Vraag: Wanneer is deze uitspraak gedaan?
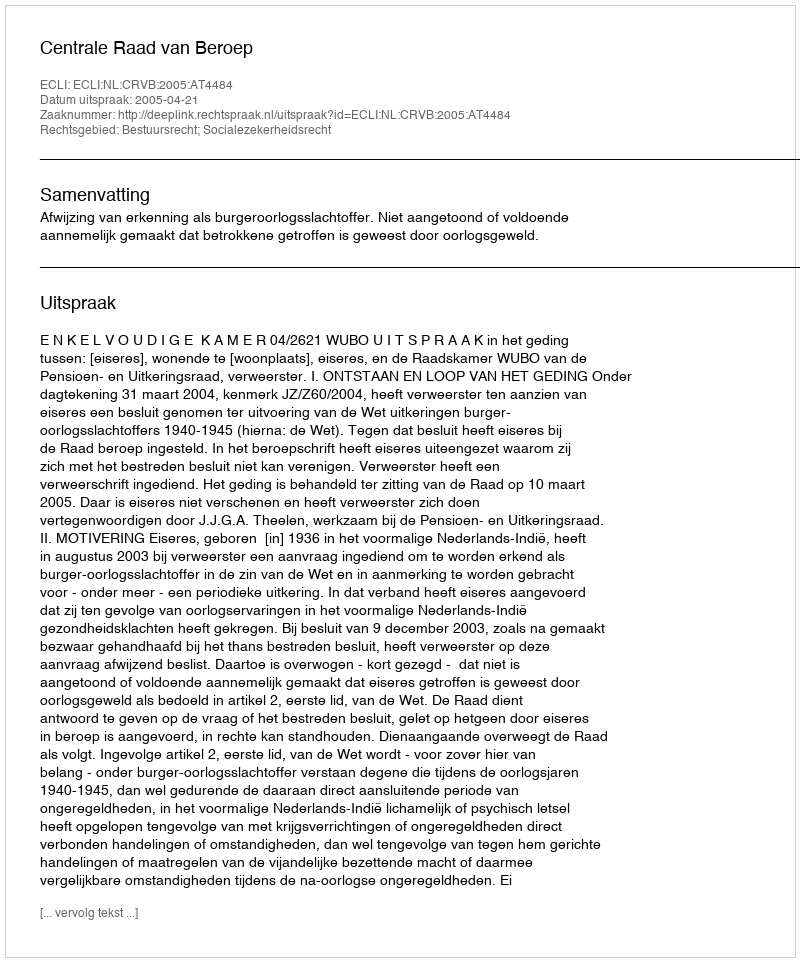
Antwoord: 2005-04-21